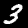
Label: 3